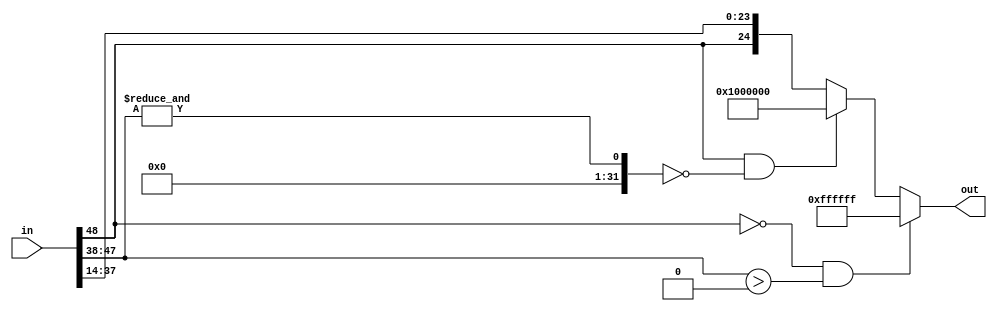
`timescale 1ns / 1ps
//////////////////////////////////////////////////////////////////////////////////
// Company: 
// Engineer: 
// 
// Design Name: 
// Module Name:    redondeo 
// Project Name: 
// Target Devices: 
// Tool versions: 
// Description: 
//
// Dependencies: 
//
// Revision: 
// Revision 0.01 - File Created
// Additional Comments: 
//
//////////////////////////////////////////////////////////////////////////////////
module redondeo#(parameter cant_bits = 25, ent = 10, frac = 14)(
					input wire signed [2*ent+2*frac:0] in,
					output reg signed [cant_bits-1:0] out
    );

initial out = 0;

localparam [cant_bits-2:0]	ceros = 0,
									unos = ~ceros;
									
wire [2*ent+2*frac:0] aux;
assign aux = in;
	 
always @ *
	begin
		if(aux[2*ent+2*frac]==0 & aux[2*cant_bits-3:2*frac+ent]>0)			//overflow
			out = {1'b0,unos};
		else if(aux[2*ent+2*frac]==1 & (&aux[2*ent+2*frac-1:(2*frac+ent)])==0)		//overflow negativo	
			out = {1'b1,ceros};			
		else
			out = {aux[2*ent+2*frac],aux[2*frac+ent-1:frac]};
	end
endmodule